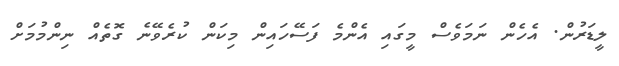
ލީޑަރުން. އެހެން ނަމަވެސް މީގައި އެންމެ ފަސޭހައިން މިކަން ކުރެވޭނެ ގޮތެއް ނިންމުމަށް